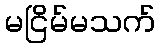
မငြိမ်မသက်